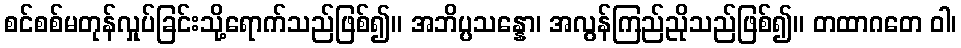
စင်စစ်မတုန်လှုပ်ခြင်းသို့ရောက်သည်ဖြစ်၍။ အဘိပ္ပသန္နော၊ အလွန်ကြည်ညိုသည်ဖြစ်၍။ တထာဂတေ ဝါ၊